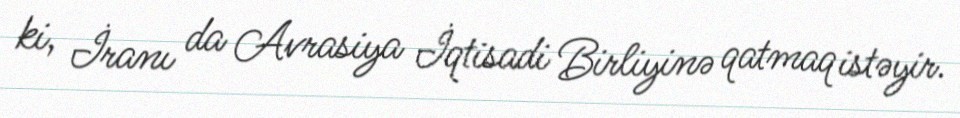
ki, İranı da Avrasiya İqtisadi Birliyinə qatmaq istəyir.